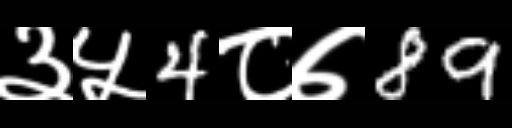
Text: ३५4८७89